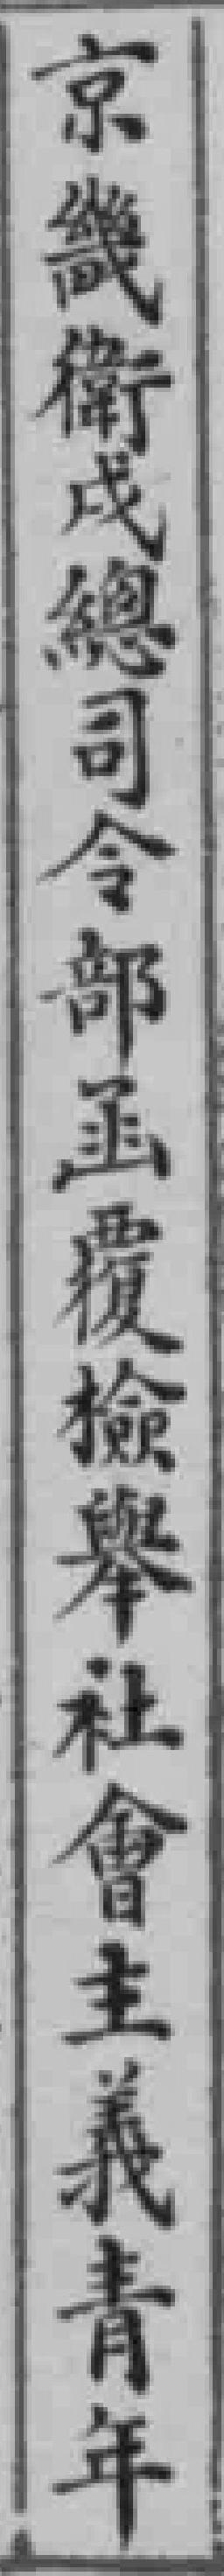
京畿衛戍總司令部函覆檢舉社會主義青年